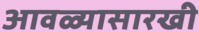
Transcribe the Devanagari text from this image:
आवळ्यासारखी